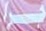
جرا